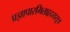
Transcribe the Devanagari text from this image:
प्रज्ञापारमिताहृदयसूत्र